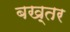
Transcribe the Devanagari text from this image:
बख़्तर